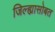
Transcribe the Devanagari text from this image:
जिल्ह्यासोबत